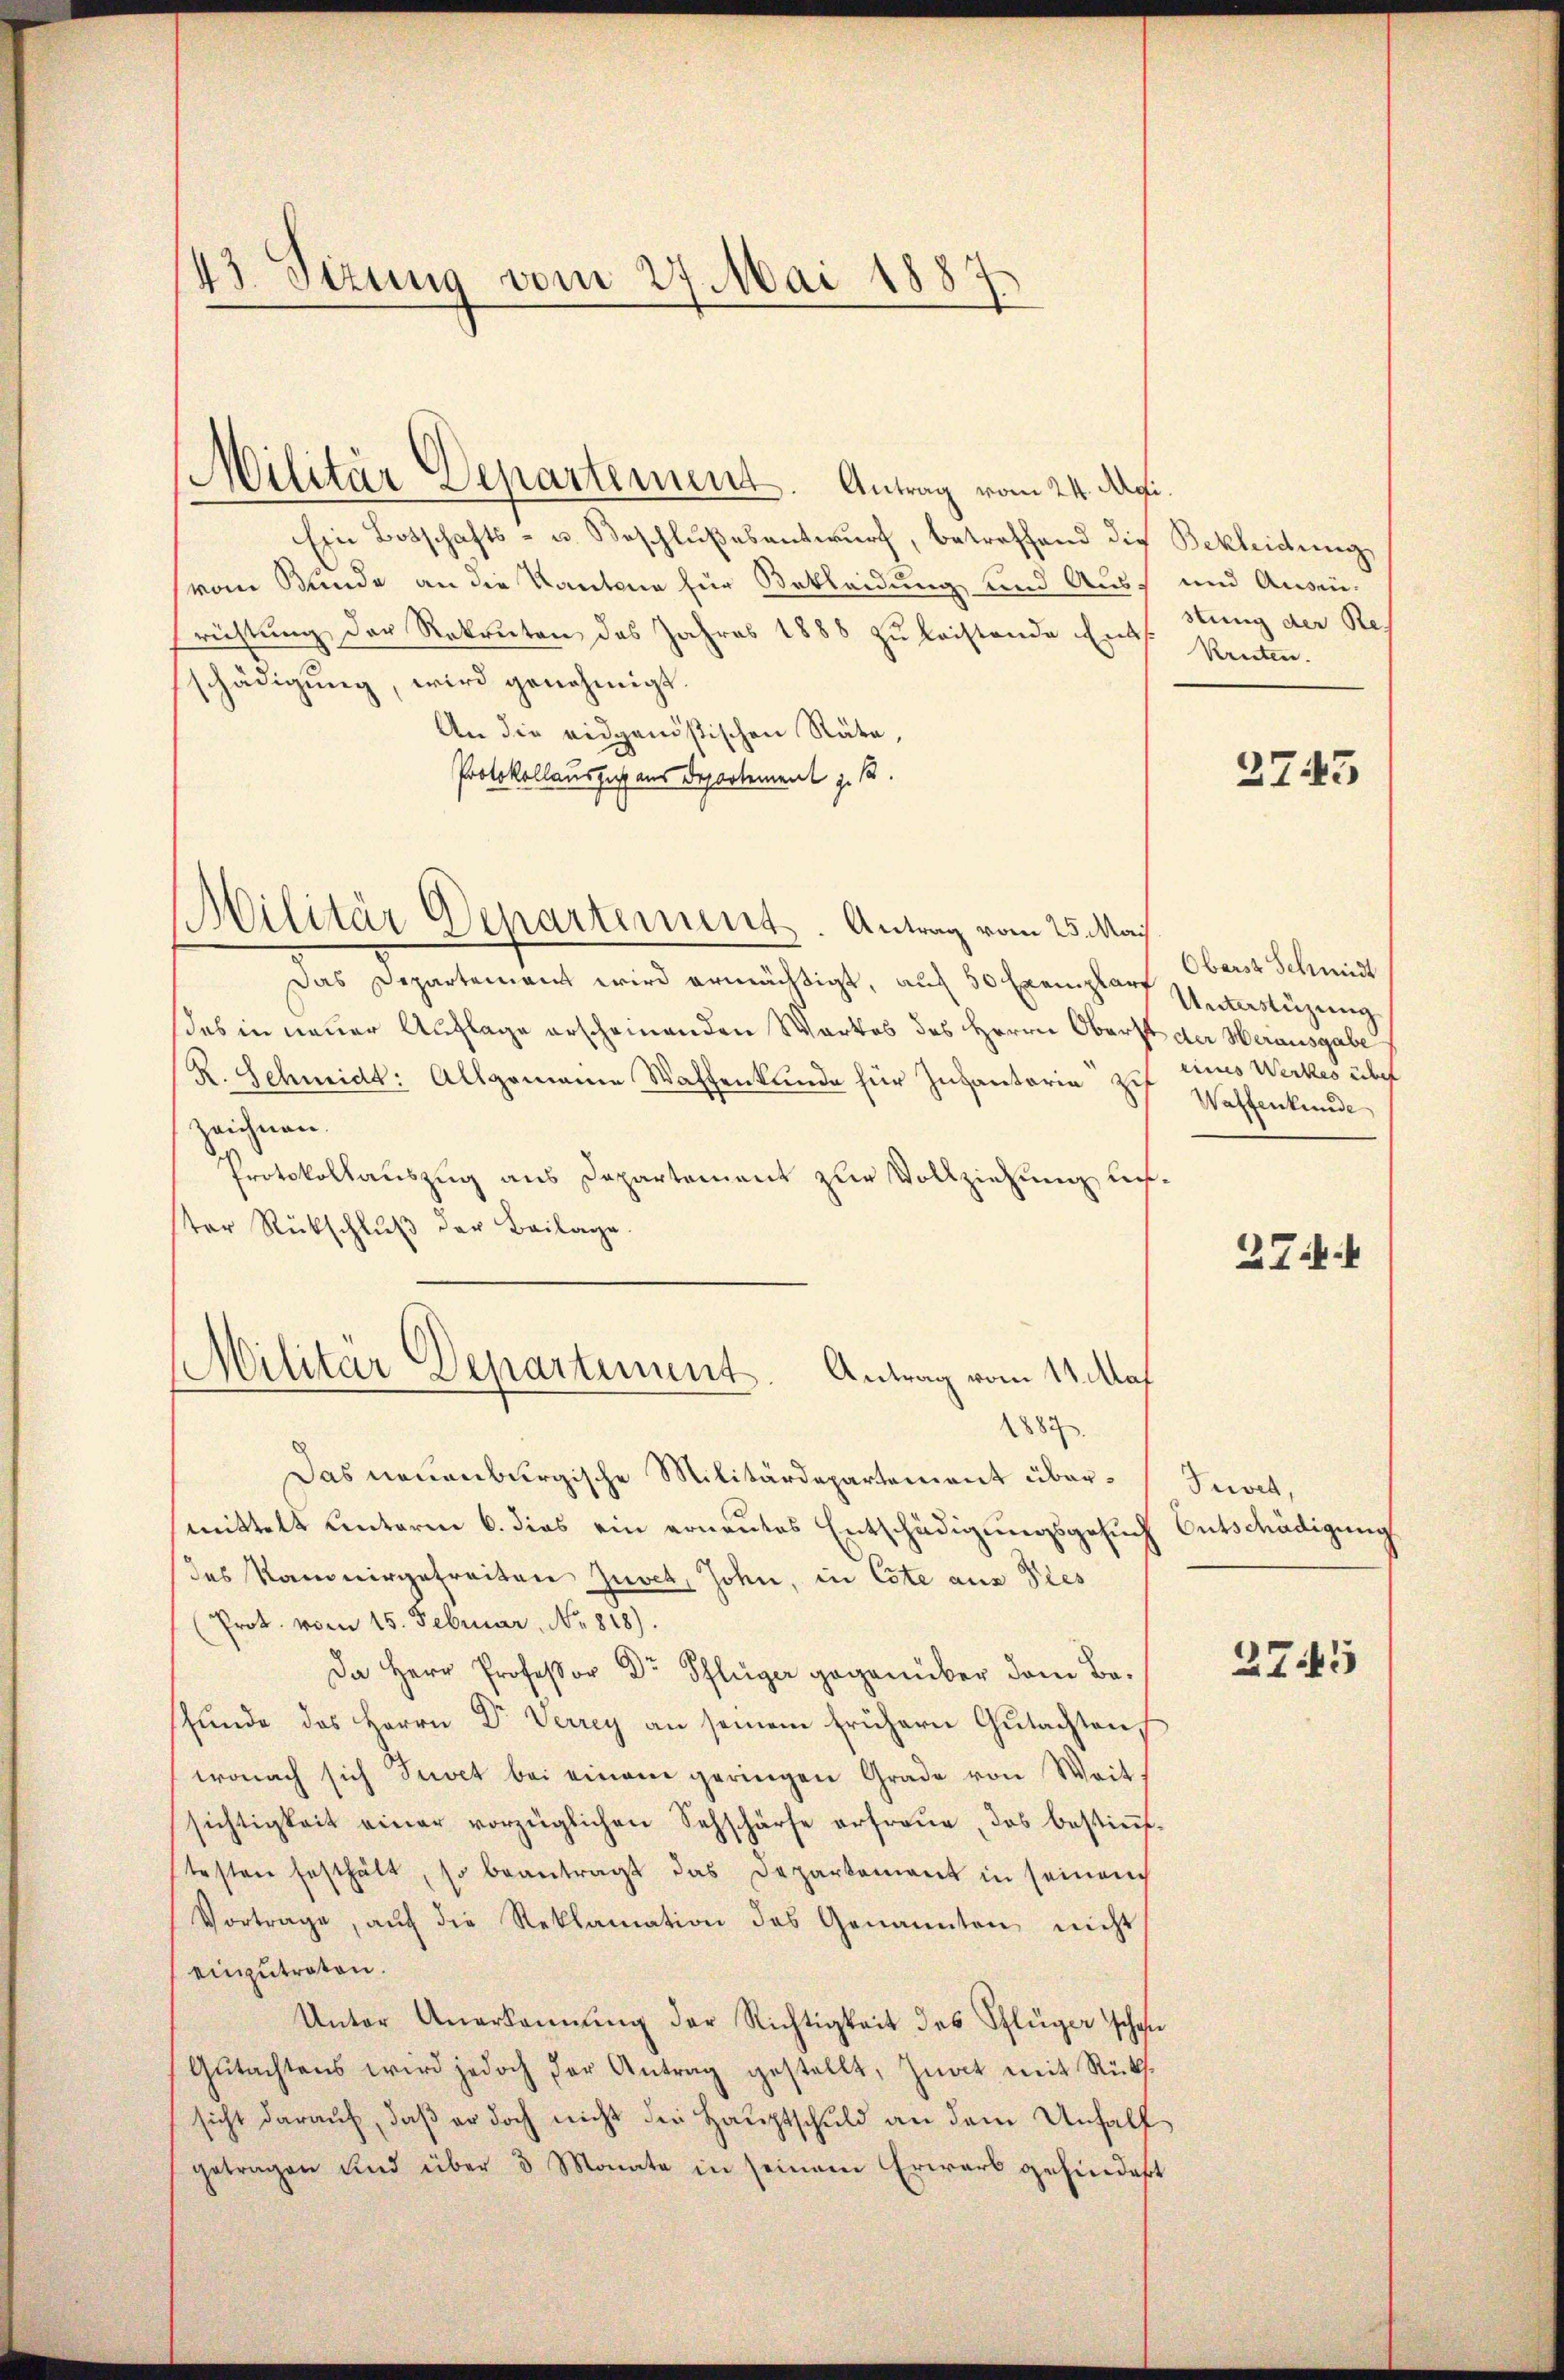
43. Seizung vom 27. Mai 1887

Militär Departement. Antrag vom 24. Api.
Ein Botschafts- u. Beschlußesentwurf, betreffend die
vom Bunde an die Kantone für Bekleidung und Ausrichtung der Rekruten des Jahres 1888 zu leistende Ents. stung der Reschädigung, wird genehmigt.
An die eidgenößischen Räte,
Protokollauszug aus Departement z. 12.
Das Departement wird ermächtigt, auch 50 Exemplar
das in neuer Auflage erscheinenden Wartes des Herrn Oberst der Herausgabe
R. Schmidt: Allgemeine Waffenkunde für Infantaria Zif
zeichnen.
Protokollauszug aus Departement zur Vollziehung aufster Rückschlŭβ der Beilage.
Militär Departement. Antrag vom 11. Auf
1884
Das neuenburgische Militärdepartement übermittelt unterm 6. dies ein erneutes Entschädigungsgesuch
das Kammergefreiten Zuver, John, in Cote aus dies
Prot. vom 15. Februar, No. 818).
Da Herr Professor Dr Pflüger gegenüber dem Befunde das Herrn Dr. Verrey an seinem frühern Gutachtens
wonach sich Punct bei einem geringen Grade von Weit
sichtigkeit einer vorzüglichen Sehschärfe erfreue, das bestiṁt
testen festhält, so beantragt das Departement in seinem
Vortrage, aŭf die Reklamation des Genannten nicht
einzutreten.
Unter Anerkannŭng der Richtigkeit des Pflüger schon
Gŭtachtens wird jedoch der Antrag gestellt, Zuact mit Rücks.
sicht darauf, daß er doch nicht die Hauptschuld an dem Unfall
getragen und über 3 Monate in seinem Erwart gehindert

Militär Departement. Antrag vom 25. Mai

Bekleidung
und Ausein.
Kreten.

2743

Oberst Schmidt
Unterstüzung
eines Werkes über
Wattenkunde

274.

Juvet,
Entschädigung

27.5